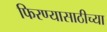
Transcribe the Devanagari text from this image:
फिरण्यासाठीच्या